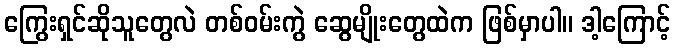
ကြွေးရှင်ဆိုသူတွေလဲ တစ်ဝမ်းကွဲ ဆွေမျိုးတွေထဲက ဖြစ်မှာပါ။ ဒါ့ကြောင့်